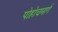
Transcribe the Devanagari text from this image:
पोहोचमार्ग